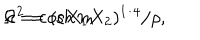
LaTeX: \Omega ^ { 2 } = ( c X _ { 1 } X _ { 2 } ) ^ { 1 / 4 } / \rho , \hspace { 1 c m } c = \cosh m